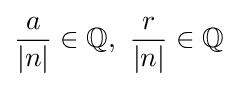
{\frac {a}{|n|}}\in \mathbb {Q} ,\ {\frac {r}{|n|}}\in \mathbb {Q}